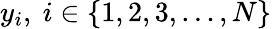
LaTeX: y_{i},\ i\in\{ 1,2,3,\dotsc,N\}